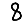
Digit: 8